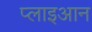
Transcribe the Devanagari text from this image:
प्लाइआन